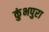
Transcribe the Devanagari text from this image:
कुंभपुरा